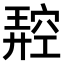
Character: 𥧪